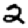
Digit: 2